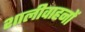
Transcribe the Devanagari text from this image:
शालीवाहनों